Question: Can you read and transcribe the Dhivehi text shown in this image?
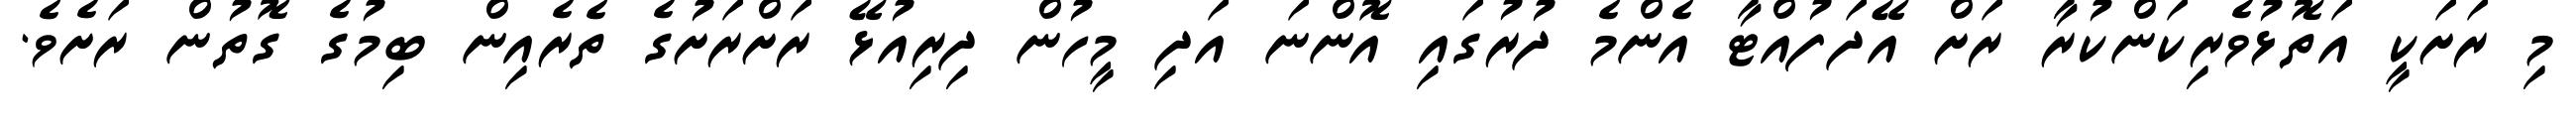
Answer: މި ރަށަކީ އަތޮޅުވެރިކަންކުރާ ރަށް އޭދަފުއްޓާ އެންމެ ދުރުގައި އޮންނަ އަދި މީހުން ދިރިއުޅޭ ރަށްރަށުގެ ތެރެއިން ބިމުގެ ގޮތުން ރަށެވެ.